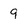
Character: q